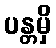
ပန္တမှိ